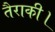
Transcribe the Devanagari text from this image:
तैराकी।